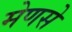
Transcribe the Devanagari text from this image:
मेणसे